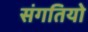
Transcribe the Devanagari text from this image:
संगतियो